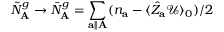
\tilde { N } _ { \mathbf { A } } ^ { g } \rightarrow \bar { N } _ { \mathbf { A } } ^ { g } = \sum _ { \mathbf { a } \parallel \mathbf { A } } ( n _ { \mathbf { a } } - \langle \hat { Z } _ { \mathbf { a } } \mathcal { U } \rangle _ { 0 } ) / 2